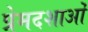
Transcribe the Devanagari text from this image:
प्रेमदशाओं